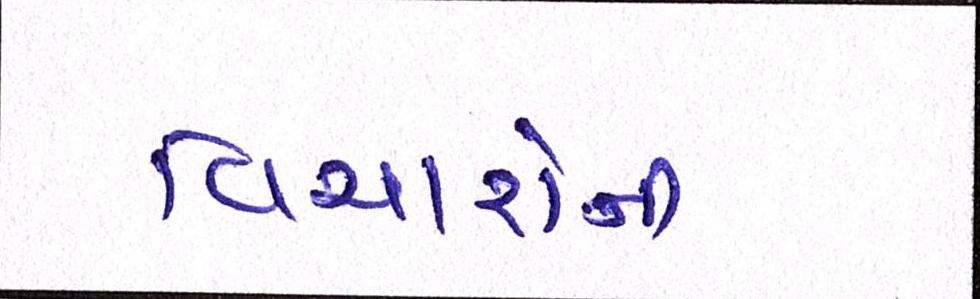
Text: વિચારોની